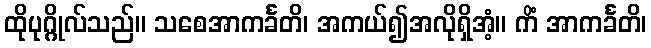
ထိုပုဂ္ဂိုလ်သည်။ သစေအာကင်္ခတိ၊ အကယ်၍အလိုရှိအံ့။ ကိံ အာကင်္ခတိ၊